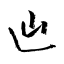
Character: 辿